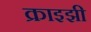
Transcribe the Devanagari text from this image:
क्राइझी